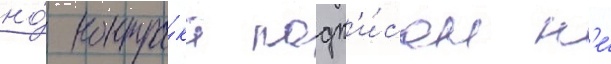
но́ контра́кт подп'и́сан н'е́